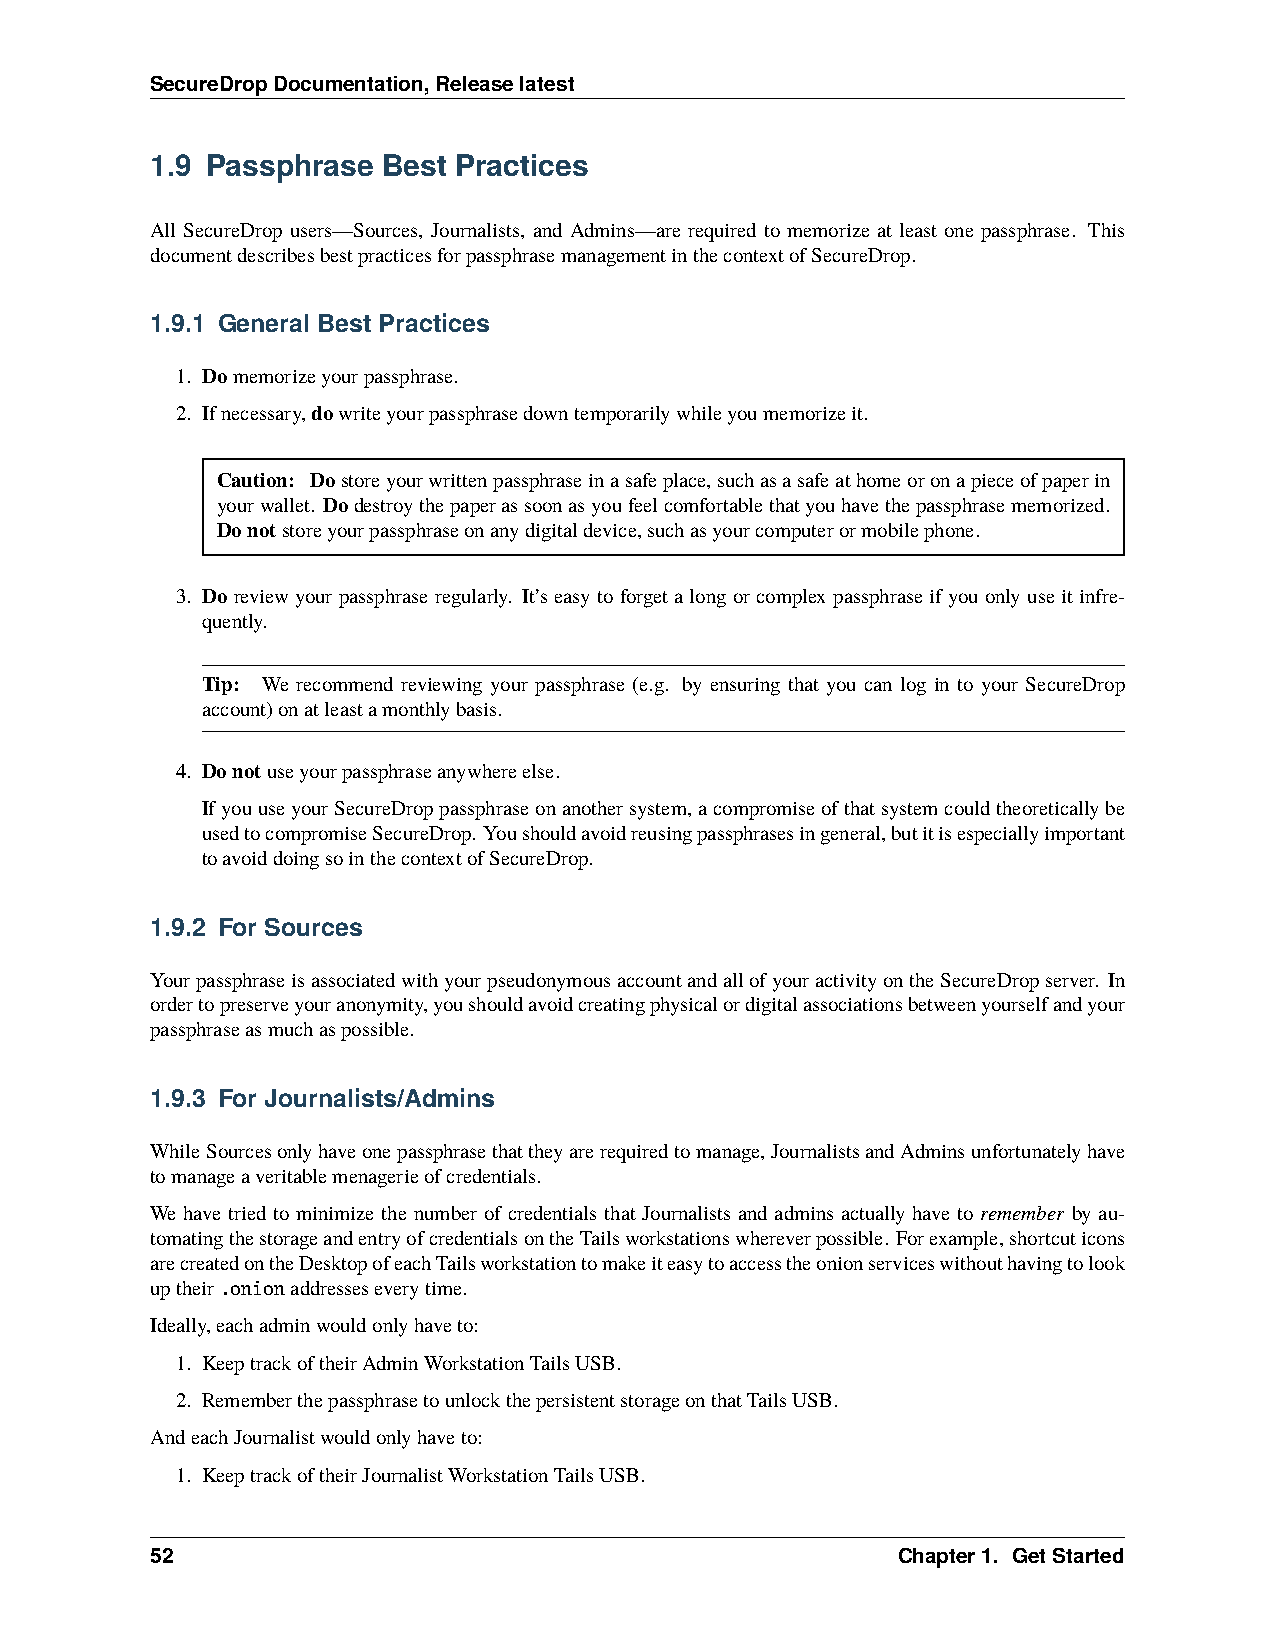
SecureDropDocumentation,Releaselatest
 1.9 Passphrase Best Practices
 All SecureDrop users—Sources, Journalists, and Admins—are required to memorize at least one passphrase. This
 documentdescribesbestpracticesforpassphrasemanagementinthecontextofSecureDrop.
 1.9.1 General Best Practices
 1. Domemorizeyourpassphrase.
 2. Ifnecessary,dowriteyourpassphrasedowntemporarilywhileyoumemorizeit.
 Caution: Dostoreyourwrittenpassphraseinasafeplace,suchasasafeathomeoronapieceofpaperin
 yourwallet. Dodestroythepaperassoonasyoufeelcomfortablethatyouhavethepassphrasememorized.
 Donotstoreyourpassphraseonanydigitaldevice,suchasyourcomputerormobilephone.
 3. Do reviewyourpassphraseregularly. It’seasytoforgetalongorcomplexpassphraseifyouonlyuseitinfre-
 quently.
 Tip: We recommend reviewing your passphrase (e.g. by ensuring that you can log in to your SecureDrop
 account)onatleastamonthlybasis.
 4. Donotuseyourpassphraseanywhereelse.
 IfyouuseyourSecureDroppassphraseonanothersystem,acompromiseofthatsystemcouldtheoreticallybe
 usedtocompromiseSecureDrop. Youshouldavoidreusingpassphrasesingeneral,butitisespeciallyimportant
 toavoiddoingsointhecontextofSecureDrop.
 1.9.2 For Sources
 YourpassphraseisassociatedwithyourpseudonymousaccountandallofyouractivityontheSecureDropserver. In
 ordertopreserveyouranonymity,youshouldavoidcreatingphysicalordigitalassociationsbetweenyourselfandyour
 passphraseasmuchaspossible.
 1.9.3 For Journalists/Admins
 WhileSourcesonlyhaveonepassphrasethattheyarerequiredtomanage,JournalistsandAdminsunfortunatelyhave
 tomanageaveritablemenagerieofcredentials.
 We have tried to minimize the number of credentials that Journalists and admins actually have to remember by au-
 tomatingthestorageandentryofcredentialsontheTailsworkstationswhereverpossible. Forexample,shortcuticons
 arecreatedontheDesktopofeachTailsworkstationtomakeiteasytoaccesstheonionserviceswithouthavingtolook
 uptheir.onionaddresseseverytime.
 Ideally,eachadminwouldonlyhaveto:
 1. KeeptrackoftheirAdminWorkstationTailsUSB.
 2. RememberthepassphrasetounlockthepersistentstorageonthatTailsUSB.
 AndeachJournalistwouldonlyhaveto:
 1. KeeptrackoftheirJournalistWorkstationTailsUSB.
 52                                               Chapter1. GetStarted